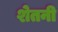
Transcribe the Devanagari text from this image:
शेतनी